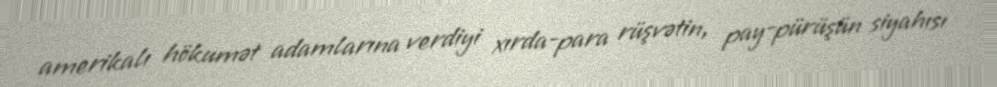
amerikalı hökumət adamlarına verdiyi xırda-para rüşvətin, pay-pürüşün siyahısı